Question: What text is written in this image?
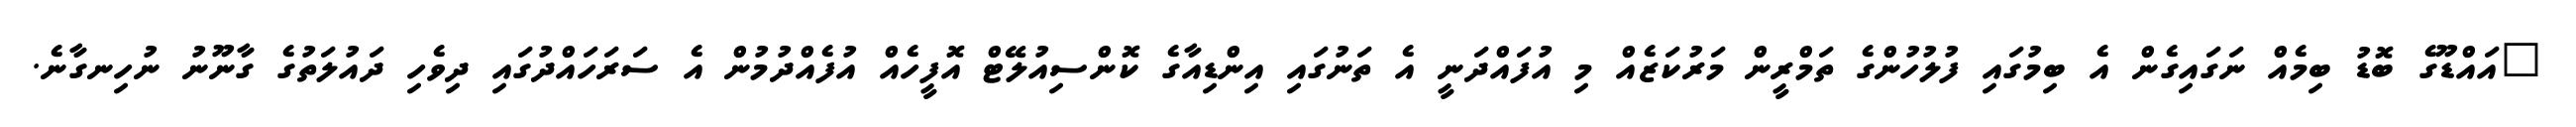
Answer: "އައްޑޫގެ ބޮޑު ބިމެއް ނަގައިގެން އެ ބިމުގައި ފުލުހުންގެ ތަމްރީން މަރުކަޒެއް މި އުފައްދަނީ އެ ތަނުގައި އިންޑިއާގެ ކޮންސިއުލޭޓް އޮފީހެއް އުފެއްދުމުން އެ ސަރަހައްދުގައި ދިވެހި ދައުލަތުގެ ގާނޫނު ނުހިނގާނެ.